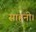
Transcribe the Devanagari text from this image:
साहनी।